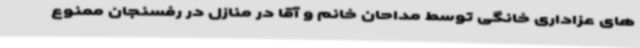
های عزاداری خانگی توسط مداحان خانم و آقا در منازل در رفسنجان ممنوع